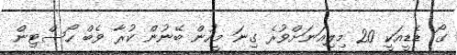
ގޯ ޑެޑީއަކީ 20 މިލިއަނަށްވުރެ ގިނަ މީހުން ބޭނުން ކުރާ ވެބް ހޯސްޓިން